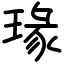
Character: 瑑